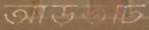
আড়তটি